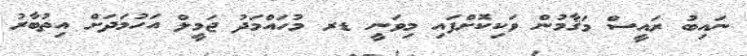
ނައިބު ރައީސް މަޤާމުން ވަކިކޮށްފައި މިވަނީ ޑރ މުހައްމަދު ޖަމީލް އަހުމަދަށް އިތުބާރު